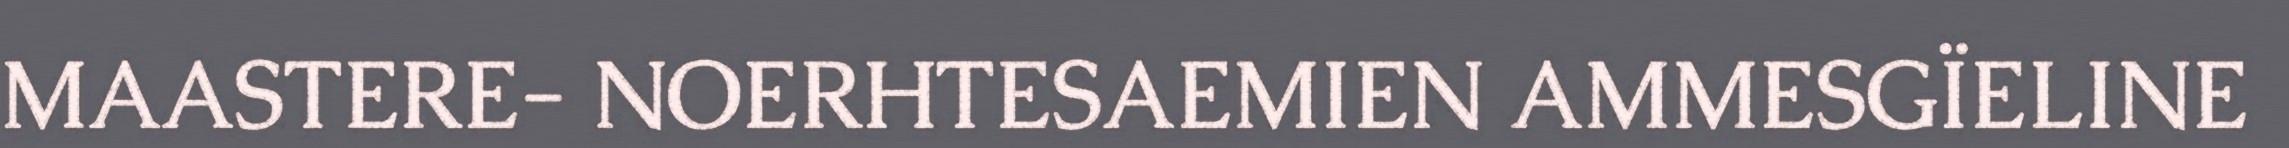
MAASTERE- NOERHTESAEMIEN AMMESGÏELINE